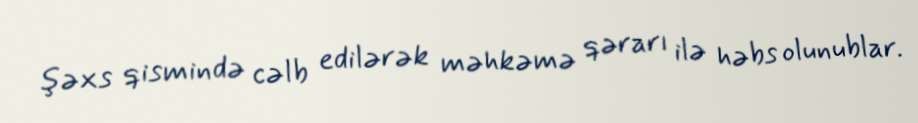
şəxs qismində cəlb edilərək məhkəmə qərarı ilə həbs olunublar.